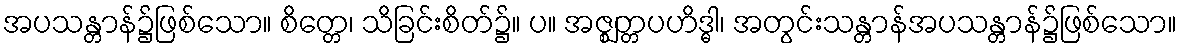
အပသန္တာန်၌ဖြစ်သော။ စိတ္တေ၊ သိခြင်းစိတ်၌။ ပ။ အဇ္ဈတ္တပဟိဒ္ဓါ၊ အတွင်းသန္တာန်အပသန္တာန်၌ဖြစ်သော။